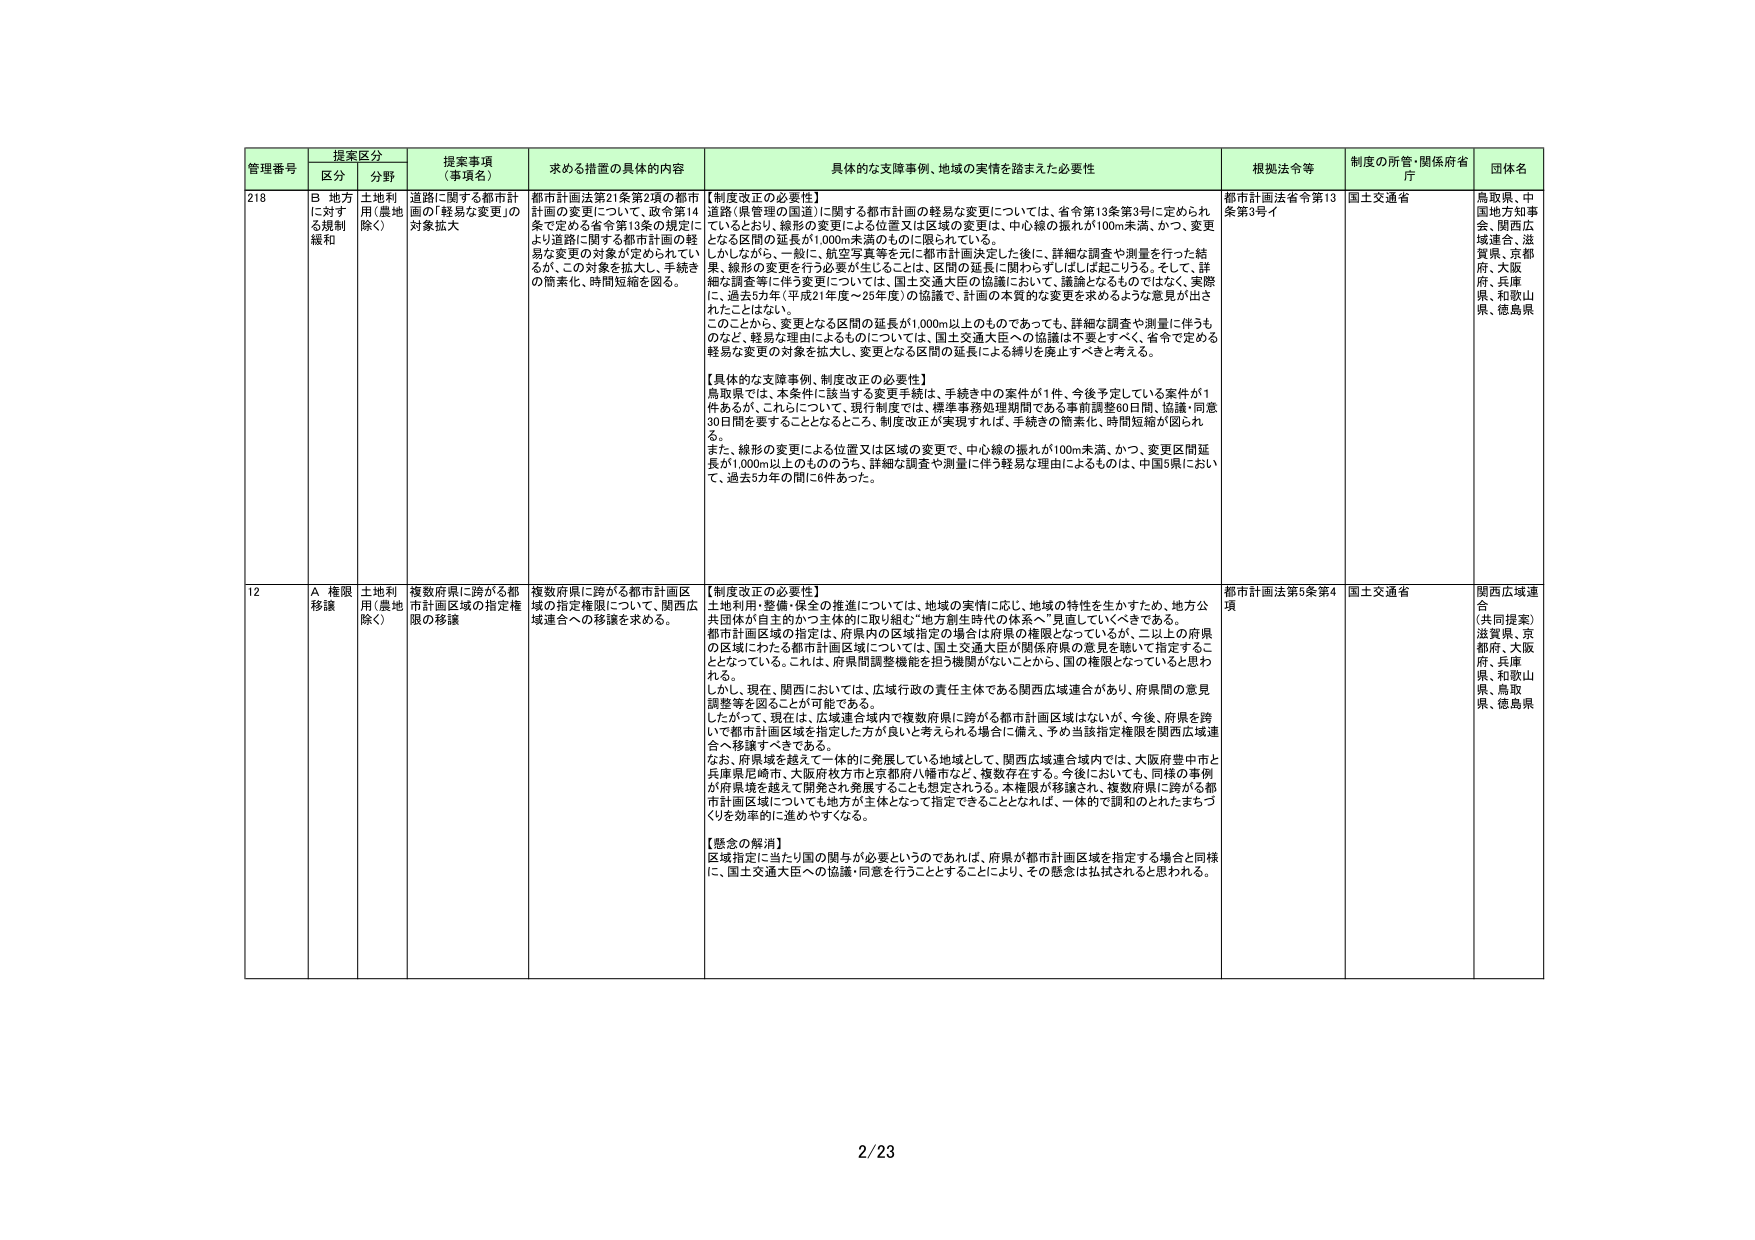
管理番号 提案区分 提案事項（事項名） 求める措置の具体的内容 具体的な支障事例、地域の実情を踏まえた必要性 根拠法令等 制度の所管・関係府省・庁 団体名
区分 分野
218 B 地方に対する規制緩和 土地利用（農地除く） 道路に関する都市計画の「軽易な変更」の対象拡大 都市計画法第21条第2項の都市計画の変更について、政令第14条で定める省令第13条の規定により道路に関する都市計画の軽易な変更の対象が定められているが、この対象を拡大し、手続きの簡素化、時間短縮を図る。 【制度改正の必要性】 道路（県管理の国道）に関する都市計画の軽易な変更については、省令第13条第3号に定められているとおり、線形の変更による位置又は区域の変更は、中心線の振れが100m未満、かつ、変更となる区間の延長が1,000m未満のものに限られている。 しかしながら、一般に、航空写真等を元に都市計画決定した後に、詳細な調査や測量を行った結果、線形の変更を行う必要が生じることは、区間の延長に関わらずしばしば起こりうる。そして、詳細な調査等に伴う変更については、国土交通大臣の協議において、議論となるものではなく、実際に、過去5年（平成21年度～25年度）の協議で、計画の本質的な変更を求めるような意見が出されたことはない。 このことから、変更となる区間の延長が1,000m以上ものであっても、詳細な調査や測量に伴うものなど、軽易な理由によるものについては、国土交通大臣への協議は不要とすべく、省令で定める軽易な変更の対象を拡大し、変更となる区間の延長による縛りを廃止すべきと考える。 【具体的な支障事例、制度改正の必要性】 鳥取県では、本条件に該当する変更手続は、手続き中の案件が1件、今後予定している案件が1件あるが、これらについて、現行制度では、標準事務処理期間である事前調整60日間、協議・同意30日間を要することとなるところ、制度改正が実現すれば、手続きの簡素化、時間短縮が図られる。 また、線形の変更による位置又は区域の変更で、中心線の振れが100m未満、かつ、変更区間延長が1,000m以上もののうち、詳細な調査や測量に伴う軽易な理由によるものは、中国5県において、過去5カ年の間に6件あった。 都市計画法省令第13条第3号イ 国土交通省 鳥取県、中国地方知事会、関西広域連合、滋賀県、京都府、大阪府、兵庫県、和歌山県、徳島県
12 A 権限移譲 土地利用（農地除く） 複数府県に跨がる都市計画区域の指定権限について、関西広域連合への移譲を求める。 複数府県に跨がる都市計画区域の指定権限について、関西広域連合への移譲を求める。 【制度改正の必要性】 土地利用・整備・保全の推進については、地域の実情に応じ、地域の特性を生かすため、地方公共団体が自主的かつ主体的に取り組む“地方創生時代の体系へ”見直していくべきである。 都市計画区域の指定は、府県内の区域指定の場合は府県の権限となっているが、二以上の府県の区域にわたる都市計画区域については、国土交通大臣が関係府県の意見を聴いて指定することとなっている。これは、府県間調整機能を担う機関がないことから、国の権限となっていると思われる。 しかし、現在、関西においては、広域行政の責任主体である関西広域連合があり、府県間の意見調整等を図ることが可能である。 したがって、現在は、広域連合域内で複数府県に跨がる都市計画区域はないが、今後、府県を跨いで都市計画区域を指定した方が良いと考えられる場合に備え、予め当該指定権限を関西広域連合へ移譲すべきである。 なお、府県域を越えて一体的に発展している地域として、関西広域連合域内では、大阪府豊中市と兵庫県尼崎市、大阪府枚方市と京都府八幡市など、複数存在する。今後においても、同様の事例が府県境を越えて開発され発展することも想定される。本権限が移譲され、複数府県に跨がる都市計画区域についても地方が主体となって指定できることとなれば、一体的で調和のとれたまちづくりを効率的に進めやすくなる。 【懸念の解消】 区域指定に当たり国の関与が必要というのであれば、府県が都市計画区域を指定する場合と同様に、国土交通大臣への協議・同意を行うこととすることにより、その懸念は払拭されると思われる。 都市計画法第5条第4項 国土交通省 関西広域連合 （共同提案） 滋賀県、京都府、大阪府、兵庫県、和歌山県、鳥取県、徳島県
2/23